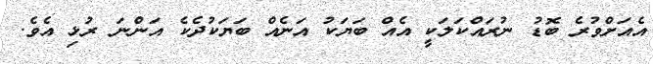
އެއަށްވުރެ ބޮޑު ނުރައްކަލަކީ އެއް ބަޔަކު އަނެއް ބަޔަކުދެކެ އަންނަ ރުޅި އެވެ.